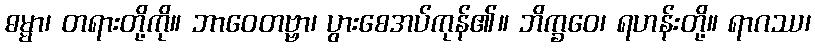
ဓမ္မာ၊ တရားတို့ကို။ ဘာဝေတဗ္ဗာ၊ ပွားစေအပ်ကုန်၏။ ဘိက္ခဝေ၊ ရဟန်းတို့။ ရာဂဿ၊